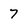
Character: 7